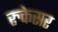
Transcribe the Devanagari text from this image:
रुकेसर